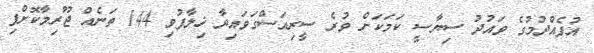
އުފެއްދުމުގެ ވައުދު ސިޔާސީ ކަމަކަށް ވުރެ ސީރިއަސްގަވައިދާ ޚިލާފުވި 144 ތަނެއް ޖޫރިމާކޮށްފި